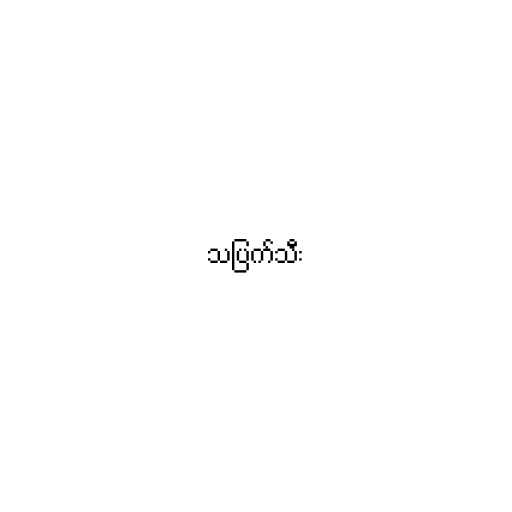
သပြက်သီး